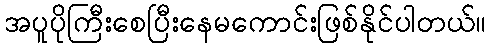
အပူပိုကြီးစေပြီးနေမကောင်းဖြစ်နိုင်ပါတယ်။